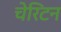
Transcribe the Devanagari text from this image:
चेरिटन